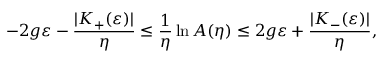
- 2 g \varepsilon - \frac { \vert K _ { + } ( \varepsilon ) \vert } { \eta } \le \frac { 1 } { \eta } \ln A ( \eta ) \le 2 g \varepsilon + \frac { \vert K _ { - } ( \varepsilon ) \vert } { \eta } ,